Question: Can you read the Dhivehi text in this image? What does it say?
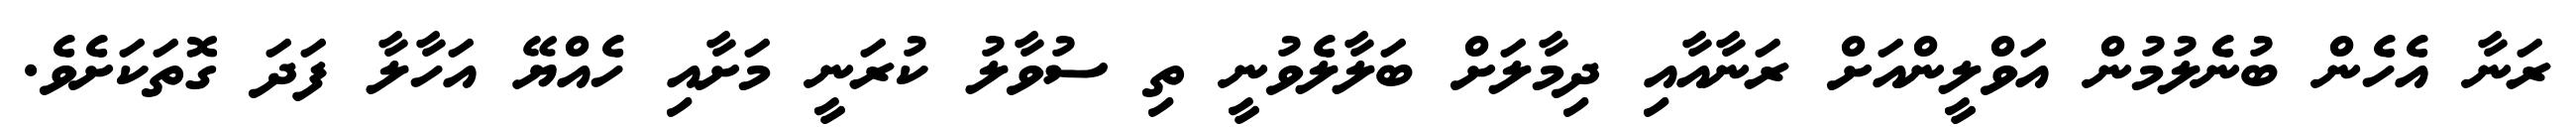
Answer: ރަނާ އެހެން ބުނެލުމުން އަވްލީންއަށް ރަނާއާއި ދިމާލަށް ބަލާލެވުނީ ތި ސުވާލު ކުރަނީ މަށާއި ހެއްޔޭ އަހާލާ ފަދަ ގޮތަކަށެވެ.